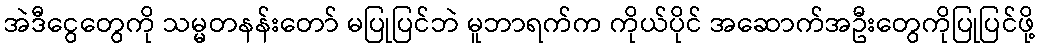
အဲဒီငွေတွေကို သမ္မတနန်းတော် မပြုပြင်ဘဲ မူဘာရက်က ကိုယ်ပိုင် အဆောက်အဦးတွေကိုပြုပြင်ဖို့